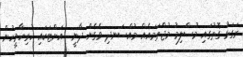
ރަގަޅު ގޮތުގައި މުސްލިމު މުޖްތަމައެއް މުއްސަނދި ވެގެން ދާނީ  އަށްޓަކައި ހުރިހާމީހުން